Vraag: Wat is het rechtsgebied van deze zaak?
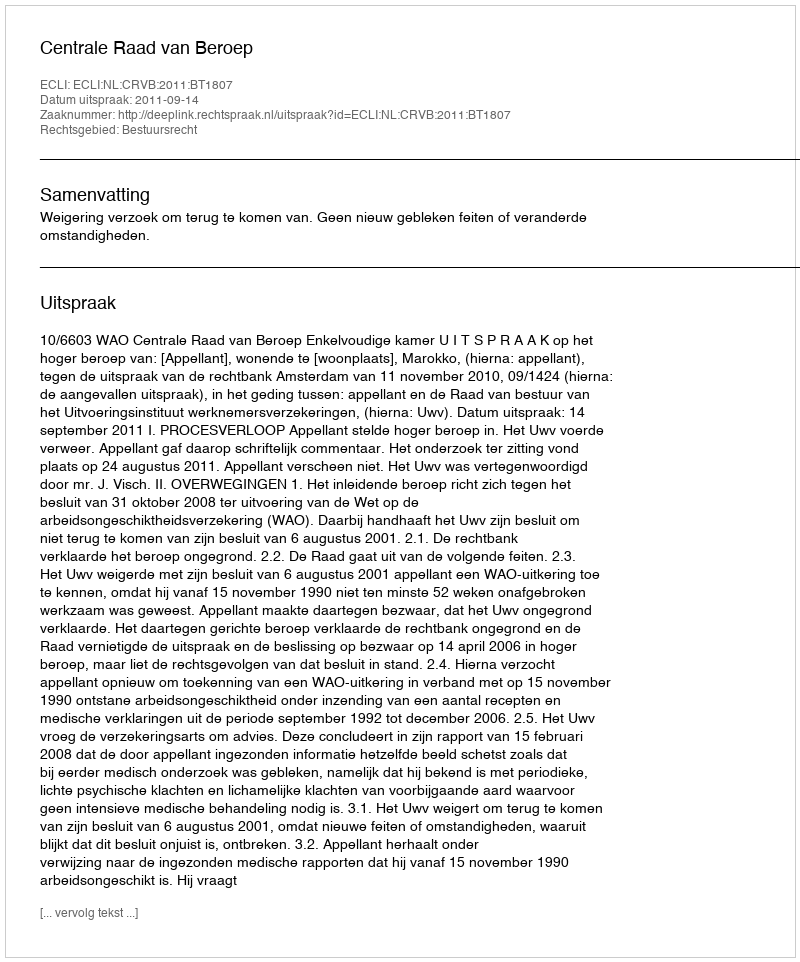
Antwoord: Bestuursrecht